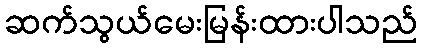
ဆက်သွယ်မေးမြန်းထားပါသည်